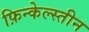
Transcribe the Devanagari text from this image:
फ़िन्केल्स्तीन